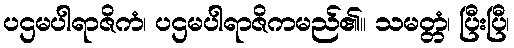
ပဌမပါရာဇိကံ၊ ပဌမပါရာဇိကမည်၏။ သမတ္တံ၊ ပြီးပြီ၊